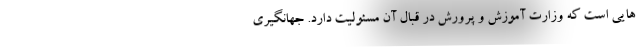
هایی است که وزارت آموزش و پرورش در قبال آن مسئولیت دارد. جهانگیری